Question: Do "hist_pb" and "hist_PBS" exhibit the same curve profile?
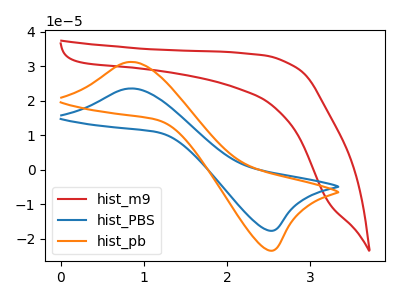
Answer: <think>The red curve "hist_m9" has no peaks. The blue curve "hist_PBS" has an anodic peak at (0.85V, 23.50uA) and a cathodic peak at (2.55V, -17.60uA). The orange curve "hist_pb" has an anodic peak at (0.85V, 31.20uA) and a cathodic peak at (2.55V, -23.35uA).
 All the peaks in "hist_pb" have a peak in "hist_PBS" at the same potential. Every peak in "hist_pb" is higher than every peak in "hist_PBS".</think>
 <answer>"hist_pb" and "hist_PBS" are similar in shape.</answer>
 <eval>same_shape</eval>